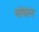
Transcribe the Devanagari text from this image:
संघन